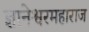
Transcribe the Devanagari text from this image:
ज्ञानेश्वरमहाराज